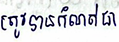
ត្រូវបានកំណត់ជា